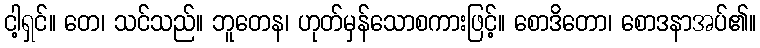
ငါ့ရှင်။ တေ၊ သင်သည်။ ဘူတေန၊ ဟုတ်မှန်သောစကားဖြင့်။ စောဒိတော၊ စောဒနာအပ်၏။